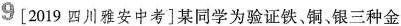
9 [2019四川雅安中考] 某同学为验证铁，铜、银三种金